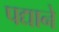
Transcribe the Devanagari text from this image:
पद्याने